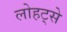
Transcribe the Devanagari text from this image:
लोहट्से